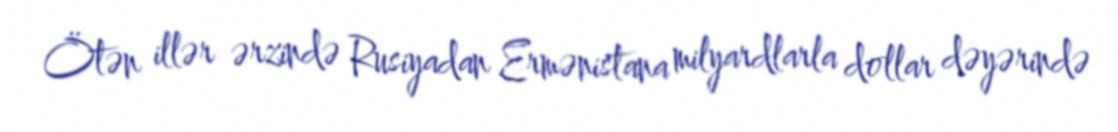
Ötən illər ərzində Rusiyadan Ermənistana milyardlarla dollar dəyərində